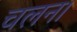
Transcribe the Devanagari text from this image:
चलन।